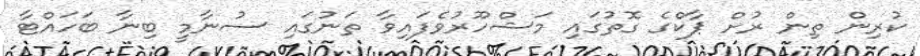
ކުރިން ތިން ރުށް ޕާކްގެ ގޮތުގައި މަޝްހޫރުވެފައިވާ ތަނުގައި ސުނާމީ ބިނާ ބަހައްޓާ